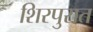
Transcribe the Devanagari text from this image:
शिरपुरात